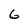
Character: 6